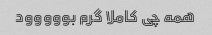
همه چی کاملا گرم بووووود